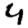
Digit: 4